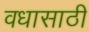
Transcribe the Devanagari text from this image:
वधासाठी